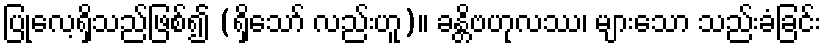
ပြုလေ့ရှိသည်ဖြစ်၍ (ရှိသော် လည်းဟူ)။ ခန္တိဗဟုလဿ၊ များသော သည်းခံခြင်း